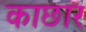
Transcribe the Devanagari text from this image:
काछार